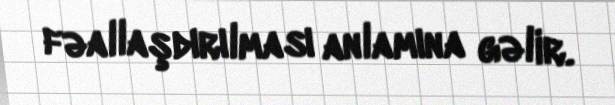
fəallaşdırılması anlamına gəlir.